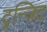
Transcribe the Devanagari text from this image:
ट्रन्जिट